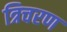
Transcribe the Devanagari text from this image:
त्रिचरण